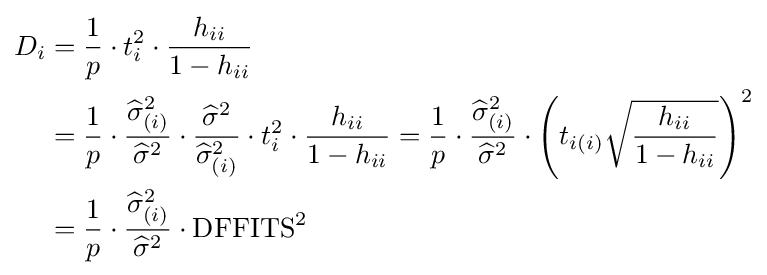
{\begin{aligned}D_{i}&={\frac {1}{p}}\cdot t_{i}^{2}\cdot {\frac {h_{ii}}{1-h_{ii}}}\\&={\frac {1}{p}}\cdot {\frac {{\widehat {\sigma }}_{(i)}^{2}}{{\widehat {\sigma }}^{2}}}\cdot {\frac {{\widehat {\sigma }}^{2}}{{\widehat {\sigma }}_{(i)}^{2}}}\cdot t_{i}^{2}\cdot {\frac {h_{ii}}{1-h_{ii}}}={\frac {1}{p}}\cdot {\frac {{\widehat {\sigma }}_{(i)}^{2}}{{\widehat {\sigma }}^{2}}}\cdot \left(t_{i(i)}{\sqrt {\frac {h_{ii}}{1-h_{ii}}}}\right)^{2}\\&={\frac {1}{p}}\cdot {\frac {{\widehat {\sigma }}_{(i)}^{2}}{{\widehat {\sigma }}^{2}}}\cdot {\text{DFFITS}}^{2}\end{aligned}}